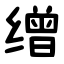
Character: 缯